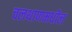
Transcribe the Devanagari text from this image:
चलथाणमधील